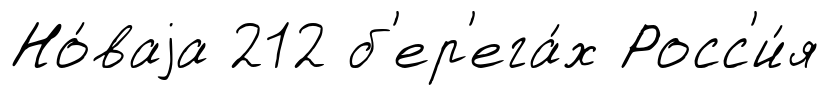
Но́ваjа 212 б'ер'ега́х Росс'и́я